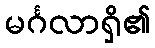
မင်္ဂလာရှိ၏